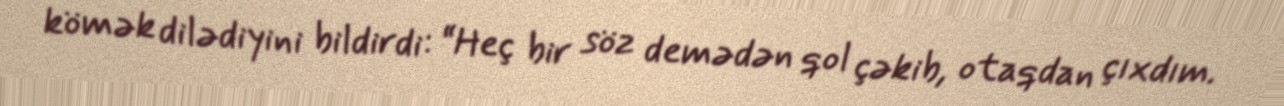
kömək dilədiyini bildirdi: “Heç bir söz demədən qol çəkib, otaqdan çıxdım.